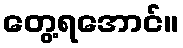
တွေ့ရအောင်။